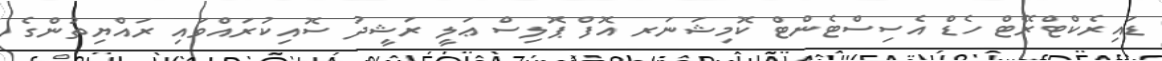
ޑައިރެކްޓްރޭޓް ހެޑް އެސިސްޓެންޓް ކޮމިޝަނަރ އޮފް ޕޮލިސް ޢަލީ ރަޝީދު ސޮއިކުރައްވައި ރައްޔިތުންގެ